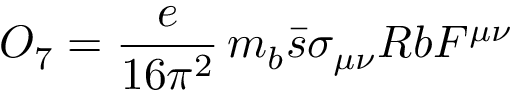
O _ { 7 } = \frac { e } { 1 6 \pi ^ { 2 } } \, m _ { b } \bar { s } \sigma _ { \mu \nu } R b F ^ { \mu \nu }